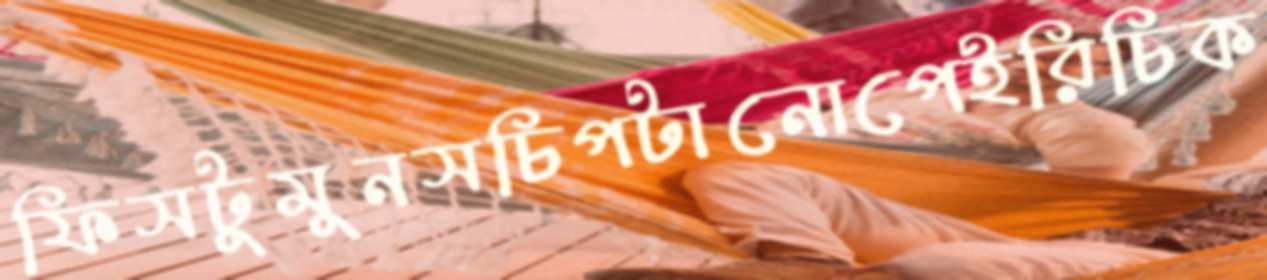
ফিসটুমুনসচিপটানোপেইরিচিক